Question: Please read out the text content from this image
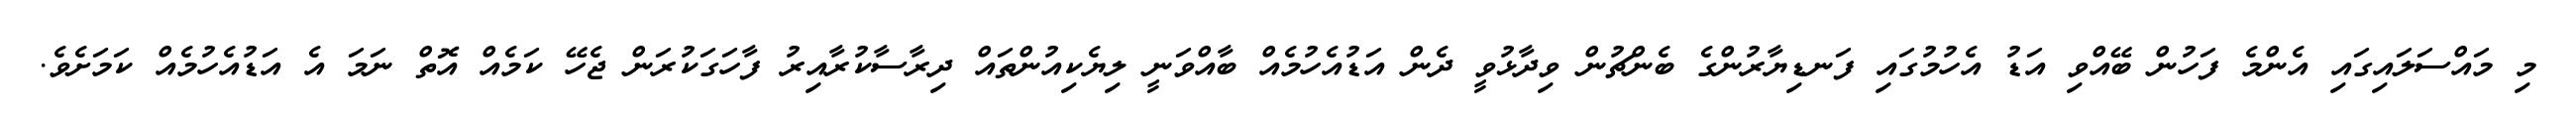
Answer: މި މައްސަލައިގައި އެންމެ ފަހުން ބޭއްވި އަޑު އެހުމުގައި ފަނޑިޔާރުންގެ ބެންޗުން ވިދާޅުވީ ދެން އަޑުއެހުމެއް ބާއްވަނީ ލިޔެކިއުންތައް ދިރާސާކުރާއިރު ފާހަގަކުރަން ޖެހޭ ކަމެއް އޮތް ނަމަ އެ އަޑުއެހުމެއް ކަމަށެވެ.